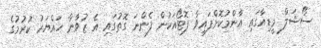
ސޯޝަލް މީޑިއާގައި އާންމުކޮށްފައިވާ ފޮޓޯއަކުން ފެންނަ ގޮތުގައި އެ ޒުވާނާ ހައްޔަރު ކުރުމުގެ